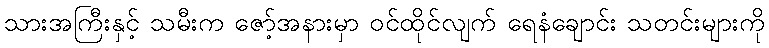
သားအကြီးနှင့် သမီးက ဇော့်အနားမှာ ဝင်ထိုင်လျက် ရေနံချောင်း သတင်းများကို